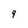
Character: 9